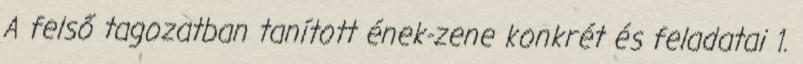
A felső tagozatban tanított ének-zene konkrét és feladatai 1.